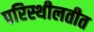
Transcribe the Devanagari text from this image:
परिस्थीलतीत